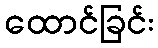
ထောင်ခြင်း